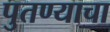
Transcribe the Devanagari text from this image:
पुतण्याचा